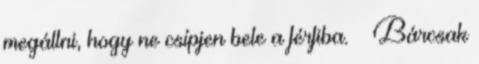
megállni, hogy ne csípjen bele a férfiba. – Bárcsak